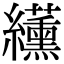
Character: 䌲